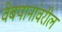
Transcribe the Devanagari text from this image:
वेबपानांवरील